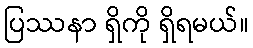
ပြဿနာ ရှိကို ရှိရမယ်။